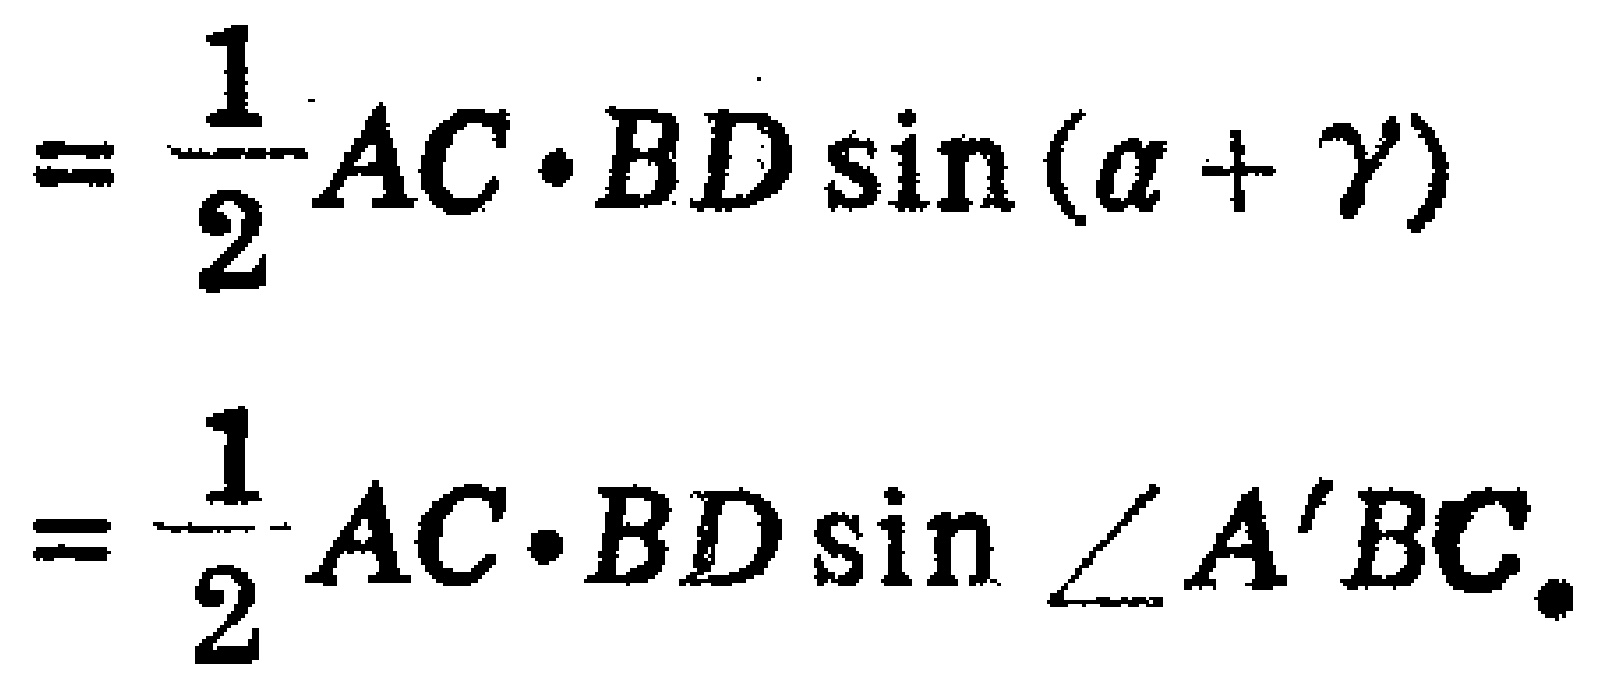
\[
= \frac{1}{2}AC\cdot BD\sin(\alpha + \gamma)
\]
\[
= \frac{1}{2}AC\cdot BD\sin \angle A'BC.
\]